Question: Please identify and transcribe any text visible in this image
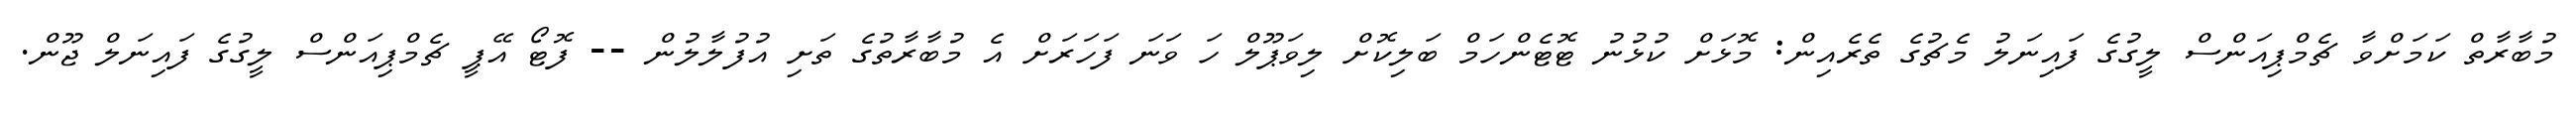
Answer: މުބާރާތް ކަމަށްވާ ޗެމްޕިއަންސް ލީގުގެ ފައިނަލު މެޗުގެ ތެރެއިން: މޮޅަށް ކުޅުނު ޓޮޓެންހަމް ބަލިކޮށް ލިވަޕޫލް ހަ ވަނަ ފަހަރަށް އެ މުބާރާތުގެ ތަށި އުފުލާލުން -- ފޮޓޯ އޭޕީ ޗެމްޕިއަންސް ލީގުގެ ފައިނަލް ޖޫން.